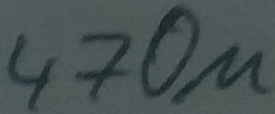
Text: 470µ